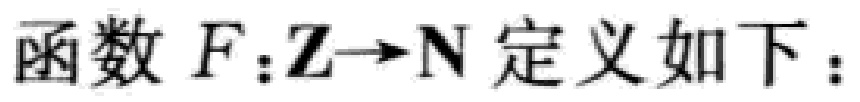
函数 \(F:\mathbb{Z}\to\mathbb{N}\) 定义如下：